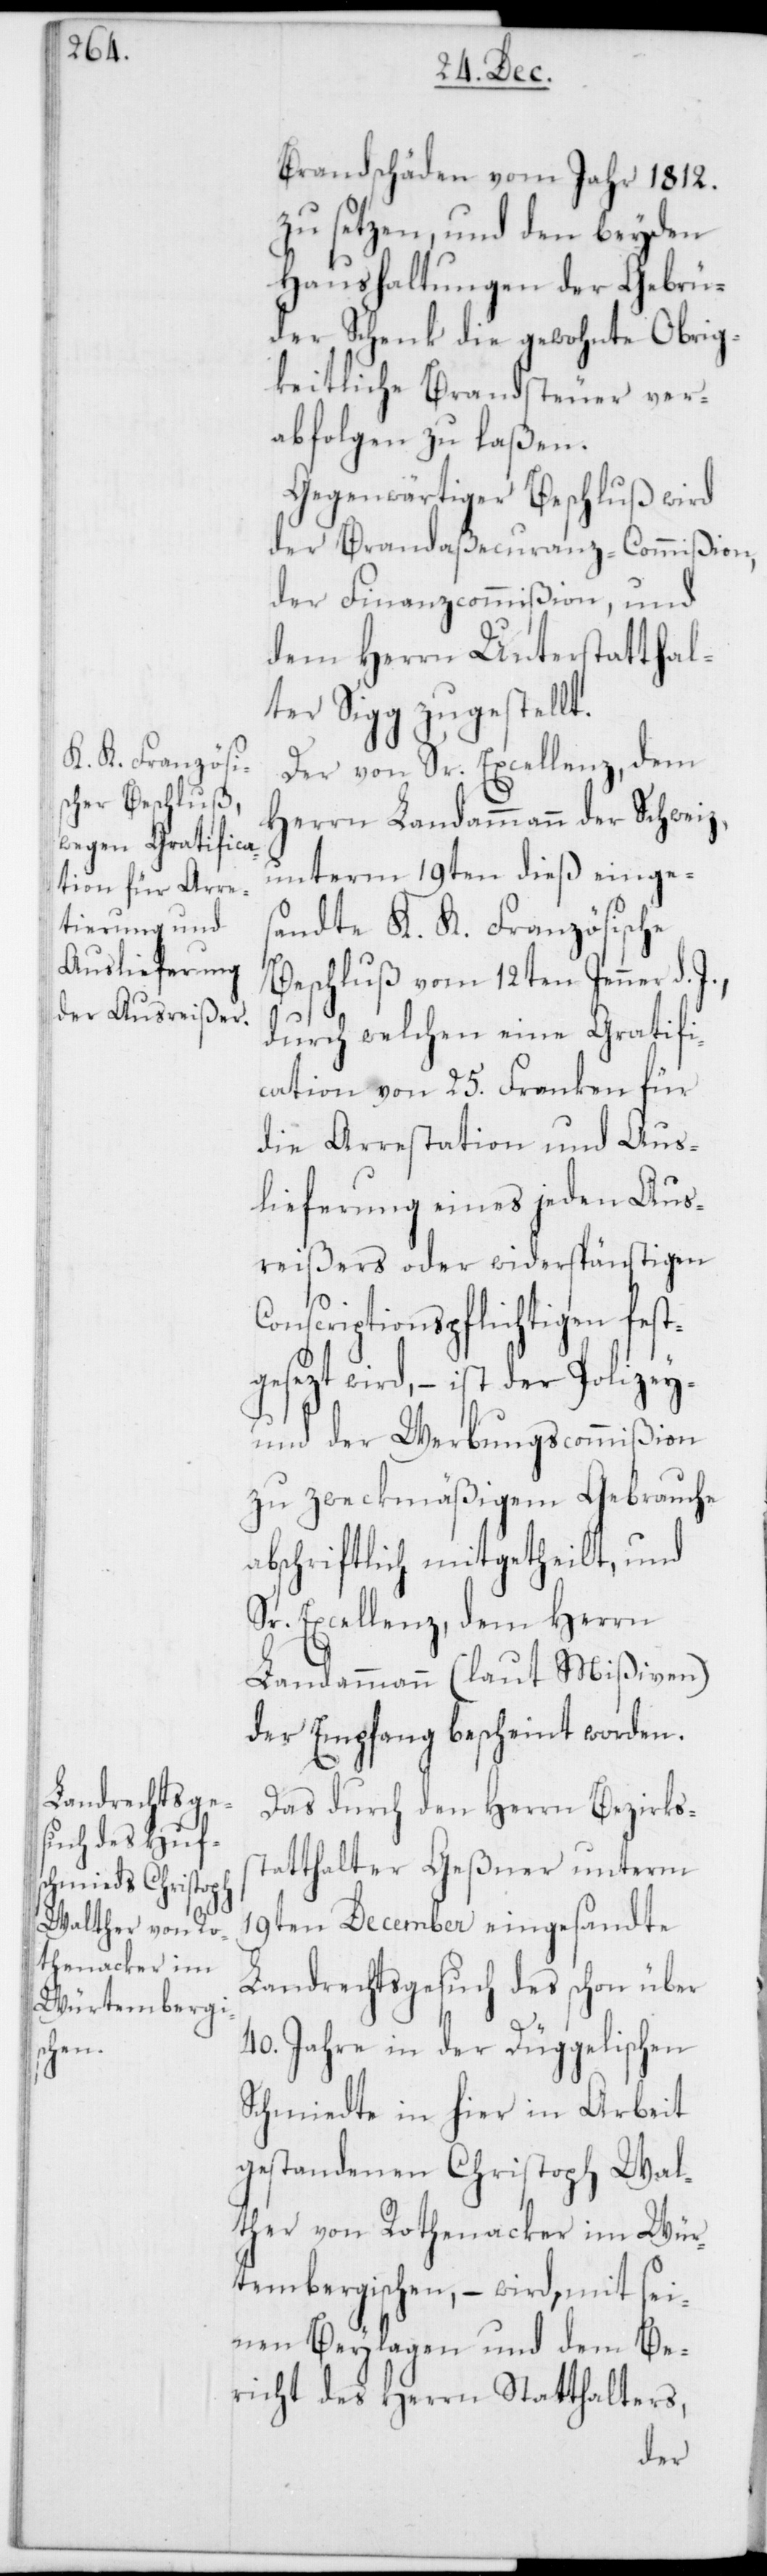
Brandschäden vom Jahr 1812.
zu setzen, und den beyden
Haushaltungen der Gebrü¬
der Schenk die gewohnte Obrig¬
keitliche Brandsteuer ver¬
abfolgen zu laßen.
Gegenwärtiger Beschluß wird
der Brandaßecuranz-Commißion,
der Finanzcommißion, und
dem Herrn Unterstatthal¬
ter Sigg zugestellt.
Der von Sr. Excellenz, dem
Herrn Landammann der Schweiz,
unterm 19ten dieß einges¬
andte K. K. Französische
Beschluß vom 12ten Jenner d.
durch welchen eine Gratifi¬
cation von 25. Franken für
die Arrestation und Aus¬
lieferung eines jeden Aus¬
reißers oder widerspänstigen
Conscriptionspflichtigen fest¬
gesezt wird, – ist der Polizey-
und der Werbungscommißion
zu zweckmäßigem Gebrauche
abschriftlich mitgetheilt, und
Sr. Excellenz, dem Herrn
Landammann (laut Mißiven)
der Empfang bescheint worden.
Das durch den Herrn Bezirks¬
statthalter Geßner unterm
19ten December eingesandte
Landrechtsgesuch des schon über
40. Jahre in der Düggelischen
Schmiedte in hier in Arbeit
gestandenen Christoph Wal¬
ther von Rothenacker im Wür¬
tembergischen, – wird mit sei¬
nen Beylagen und dem Be¬
richt des Herrn Statthalters,